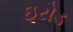
ઇરોડ